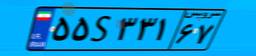
۹۶S۶۵۰۱۵